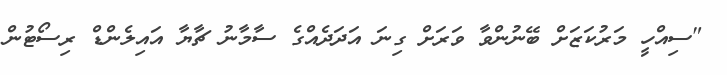
"ސިއްހީ މަރުކަޒަށް ބޭނުންވާ ވަރަށް ގިނަ އަދަދެއްގެ ސާމާނު ޗާޔާ އައިލެންޑް ރިސޯޓުން